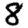
Digit: 8